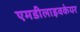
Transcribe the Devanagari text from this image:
एमडीलाइवकेयर